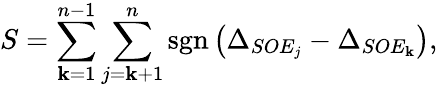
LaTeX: S=\sum_{\mathbf{k}=1}^{n-1}\sum_{j=\mathbf{k}+1}^{n}\operatorname{sgn}\left(\Delta_{SOE_{j}}-\Delta_{SOE_{\mathbf{k}}}\right),